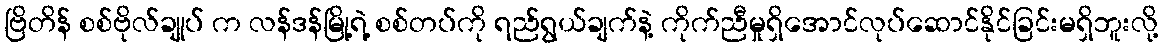
ဗြိတိန် စစ်ဗိုလ်ချုပ် က လန်ဒန်မြို့ရဲ့ စစ်တပ်ကို ရည်ရွယ်ချက်နဲ့ ကိုက်ညီမှုရှိအောင်လုပ်ဆောင်နိုင်ခြင်းမရှိဘူးလို့